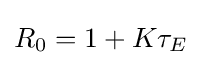
R_{0}=1+K\tau _{E}